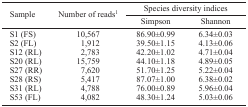
<table><thead><tr><td rowspan="3"><b>Sample</b></td><td rowspan="3"><b>Number of reads1</b></td><td colspan="2"><b>Species diversity indices</b></td></tr><tr><td><b>Simpson</b></td><td><b>Shannon</b></td></tr></thead><tbody><tr><td>S1 (FS)</td><td>10,567</td><td>86.90±0.99</td><td>6.34±0.03</td></tr><tr><td>S2 (FL)</td><td>1,912</td><td>39.50±1.15</td><td>4.13±0.06</td></tr><tr><td>S12 (RL)</td><td>2,783</td><td>42.20±1.02</td><td>4.71±0.04</td></tr><tr><td>S20 (RL)</td><td>15,759</td><td>44.10±1.18</td><td>4.89±0.05</td></tr><tr><td>S27 (RR)</td><td>7,620</td><td>51.70±1.25</td><td>5.22±0.04</td></tr><tr><td>S28 (RS)</td><td>5,417</td><td>87.07±1.00</td><td>6.38±0.02</td></tr><tr><td>S31 (RL)</td><td>4,788</td><td>76.00±0.89</td><td>5.96±0.04</td></tr><tr><td>S53 (FL)</td><td>4,082</td><td>48.30±1.24</td><td>5.03±0.06</td></tr></tbody></table>